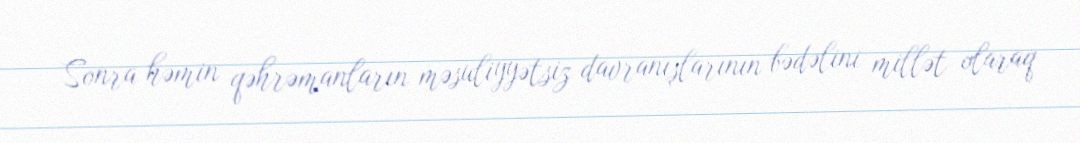
Sonra həmin qəhrəmanların məsuliyyətsiz davranışlarının bədəlini millət olaraq